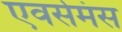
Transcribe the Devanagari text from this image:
एवर्समंस